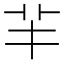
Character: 𦍋